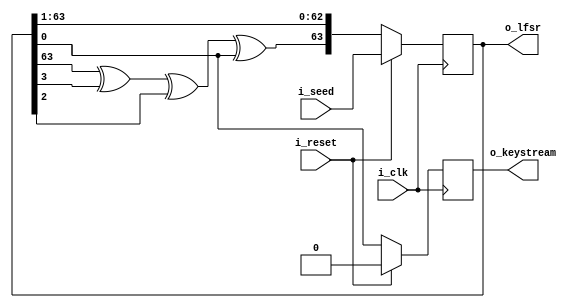
module LFSR_64bit (
    input  i_clk,
    input  i_reset,
    input  [63:0] i_seed,
    output  [63:0] o_lfsr,
    output  o_keystream
);

wire [63:0] lfsr_reg;
reg [63:0] lfsr_reg1;
wire msb_lfsr;
wire keystream_reg1;
reg keystream_reg2;

always @(posedge i_clk) begin
    if (i_reset) begin
        keystream_reg2 <= 0;
        lfsr_reg1 <= i_seed;
    end else begin
        lfsr_reg1 <= lfsr_reg;
        keystream_reg2 <= keystream_reg1;
    end
end
    assign keystream_reg1 = lfsr_reg1[0];
    assign msb_lfsr = lfsr_reg1[63] ^ lfsr_reg1[3] ^ lfsr_reg1[2] ^ lfsr_reg1[0];
    assign o_lfsr = lfsr_reg1;
    assign o_keystream = keystream_reg2;
    assign lfsr_reg = {msb_lfsr, lfsr_reg1[63:1]};
endmodule